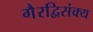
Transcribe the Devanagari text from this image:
गैरद्विसंक्य